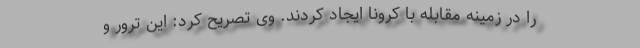
را در زمینه مقابله با کرونا ایجاد کردند. وی تصریح کرد: این ترور و